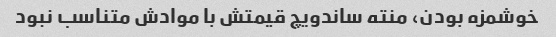
خوشمزه بودن، منته ساندویچ قیمتش با موادش متناسب نبود